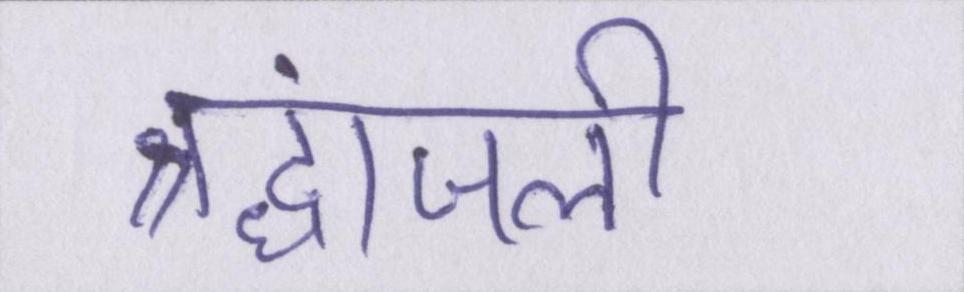
श्रद्धांजली